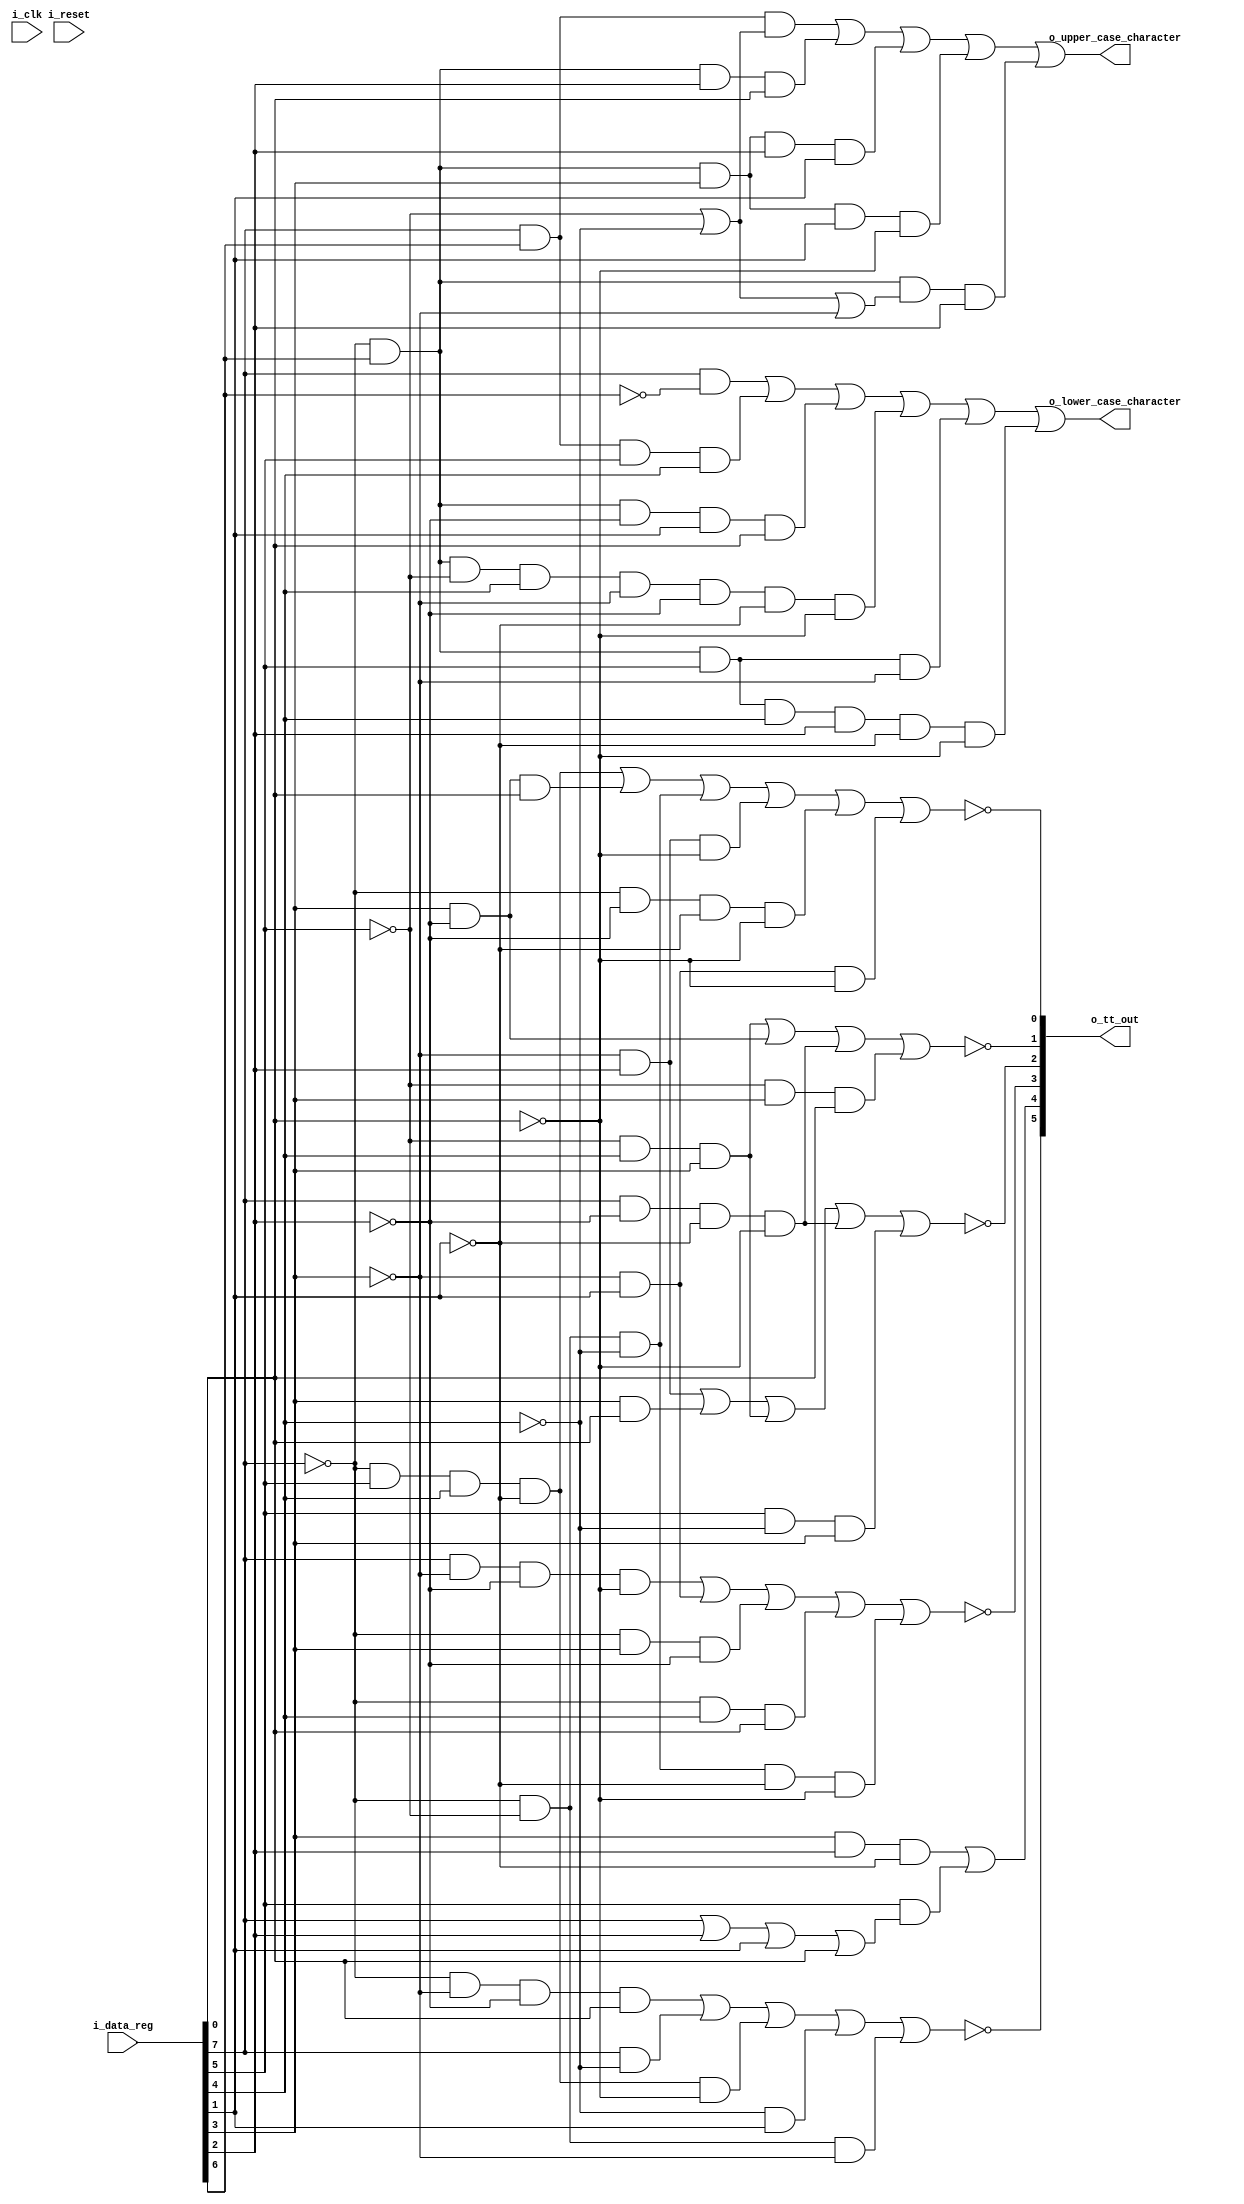
module e2tt(i_clk, i_reset,
	i_data_reg,
	o_tt_out,
	o_lower_case_character,
	o_upper_case_character);

// verilator lint_off UNUSED
input wire i_clk;
input wire i_reset;
// verilator lint_on UNUSED

input wire [7:0] i_data_reg;
output wire [5:0] o_tt_out;
output wire o_lower_case_character;
output wire o_upper_case_character;

wire not_t1;
wire t2;
wire not_r1;
wire not_r2;
wire not_r2a;
wire not_r5;

assign o_tt_out = {~not_t1, t2, ~not_r1, ~not_r2, ~not_r2a, ~not_r5};

wire b0,b1,b2,b3,b4,b5,b6,b7;

assign {b0,b1,b2,b3,b4,b5,b6,b7} = i_data_reg;

assign not_t1 = (~b0 & ~b4 & ~b5 & b7) |	// /
		(b0 & ~b3) |			// abcdefghistuvwxyzABCDEFGHISTUVWXYZ
		(~b0 & b2 & b3 & ~b6 & ~b7) |	// @
		(~b3 & b6) |			// [.+!,>?bcfgstwxBCFGSTWX
		(~b0 & ~b2 & ~b4);		// &
assign t2 = (b4 & b5 & ~b6) |			// <(*)%_@'
	(b2 & (b0 |				// stuvwxyzSTUVWXYZ0123456789
		b5 |				// %_>?@'="uvwxUVWX4567
		b6 |				// ,>?:#="stwxSTWX2367
		b7));				// /,_?#'"tvxzTVXZ13579
assign not_r1 = (b0 & ~b4 & ~b5 & ~b7) |	// bksBKS02
	(~b4 & b6) |				// bcfgklopstwxBCFGKLOPSTWX2367
	(~b0 & b4 & ~b5) |			// [.]$,:#
	(~b0 & b3 & b7) |			// $)^#'"
	(~b0 & ~b2 & ~b3 & ~b6 & ~b7);		// <
assign not_r2 = (~b4 & b5) |			// defgmnopuvwxDEFGMNOPUVWX4567
	(b4 & b7) |				// .(!$)^,_?#'"irzIRZ9
	(~b2 & b3 & b4) |			// ]$*);^qrQR
	(b0 & ~b5 & ~b6 & ~b7) |		// hqyHQY08
	(b2 & ~b3 & b4);			// ,%_>?yzYZ
assign not_r2a = (~b2 & b3 & b4) |		// ]$*);^qrQR
	(b4 & ~b5) |				// [.]$,:#hiqryzHIQRYZ89
	(b0 & ~b5 & ~b6 & ~b7) |		// hqyHQY08
	(~b2 & b4 & b7);			// .(!$)^irIR
assign not_r5 = (~b0 & b2 & b3 & ~b6) |		// @'
	(b4 & ~b5 & b7) |			// .$,#irzIRZ9
	(~b0 & ~b2 & ~b3) |			// [.<(+!
	(~b4 & b5 & ~b7) |			// dfmouwDFMOUW46
	(~b0 & ~b5 & ~b6 & ~b7) |		// &-
	(~b4 & b6 & ~b7);			// bfkoswBFKOSW26

assign o_lower_case_character = (b0 & ~b1) |	// a-z
	(b0 & b1 & b2 & b3) |			// 0-9
	(~b0 & b1 & ~b5 & b6 & b7) |		// .$,#
	(~b0 & b1 & ~b2 & b3 & ~b4 & ~b5 & ~b6 & ~b7) |	// &
	(~b0 & b1 & b2 & ~b4) |			// -/
	(~b0 & b1 & b2 & b3 & b5 & ~b6 & ~b7);	// @
assign o_upper_case_character = (b0 & b1 & (~b2 | ~b3)) |	// A-Z
	(~b0 & b1 & b5 & b7) |
	(~b0 & b1 & b4 & b5 & b6) |
	(~b0 & b1 & b4 & b6 & ~b7) |
	(~b0 & b1 & (~b2 | ~b3 | ~b4) & b5);

endmodule